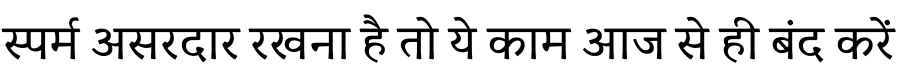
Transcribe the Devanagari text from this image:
स्पर्म असरदार रखना है तो ये काम आज से ही बंद करें